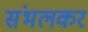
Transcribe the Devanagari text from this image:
संभलकर